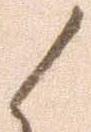
候